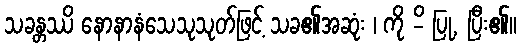
သခန္တဿိ နောနာနံသေသုသုတ်ဖြင့် သခ၏အဆုံး ၊ ကို -ိ ပြု, ပြီး၏။